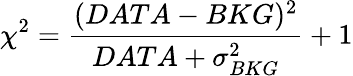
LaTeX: \chi^{2}=\frac{(DATA-BKG)^{2}}{DATA+\sigma_{BKG}^{2}}+1